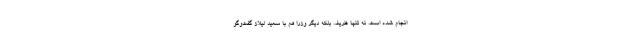
انجام شده است. نه تنها ظریف بلکه دیگر وزرا هم با سعید لیلاز گفت‌وگو